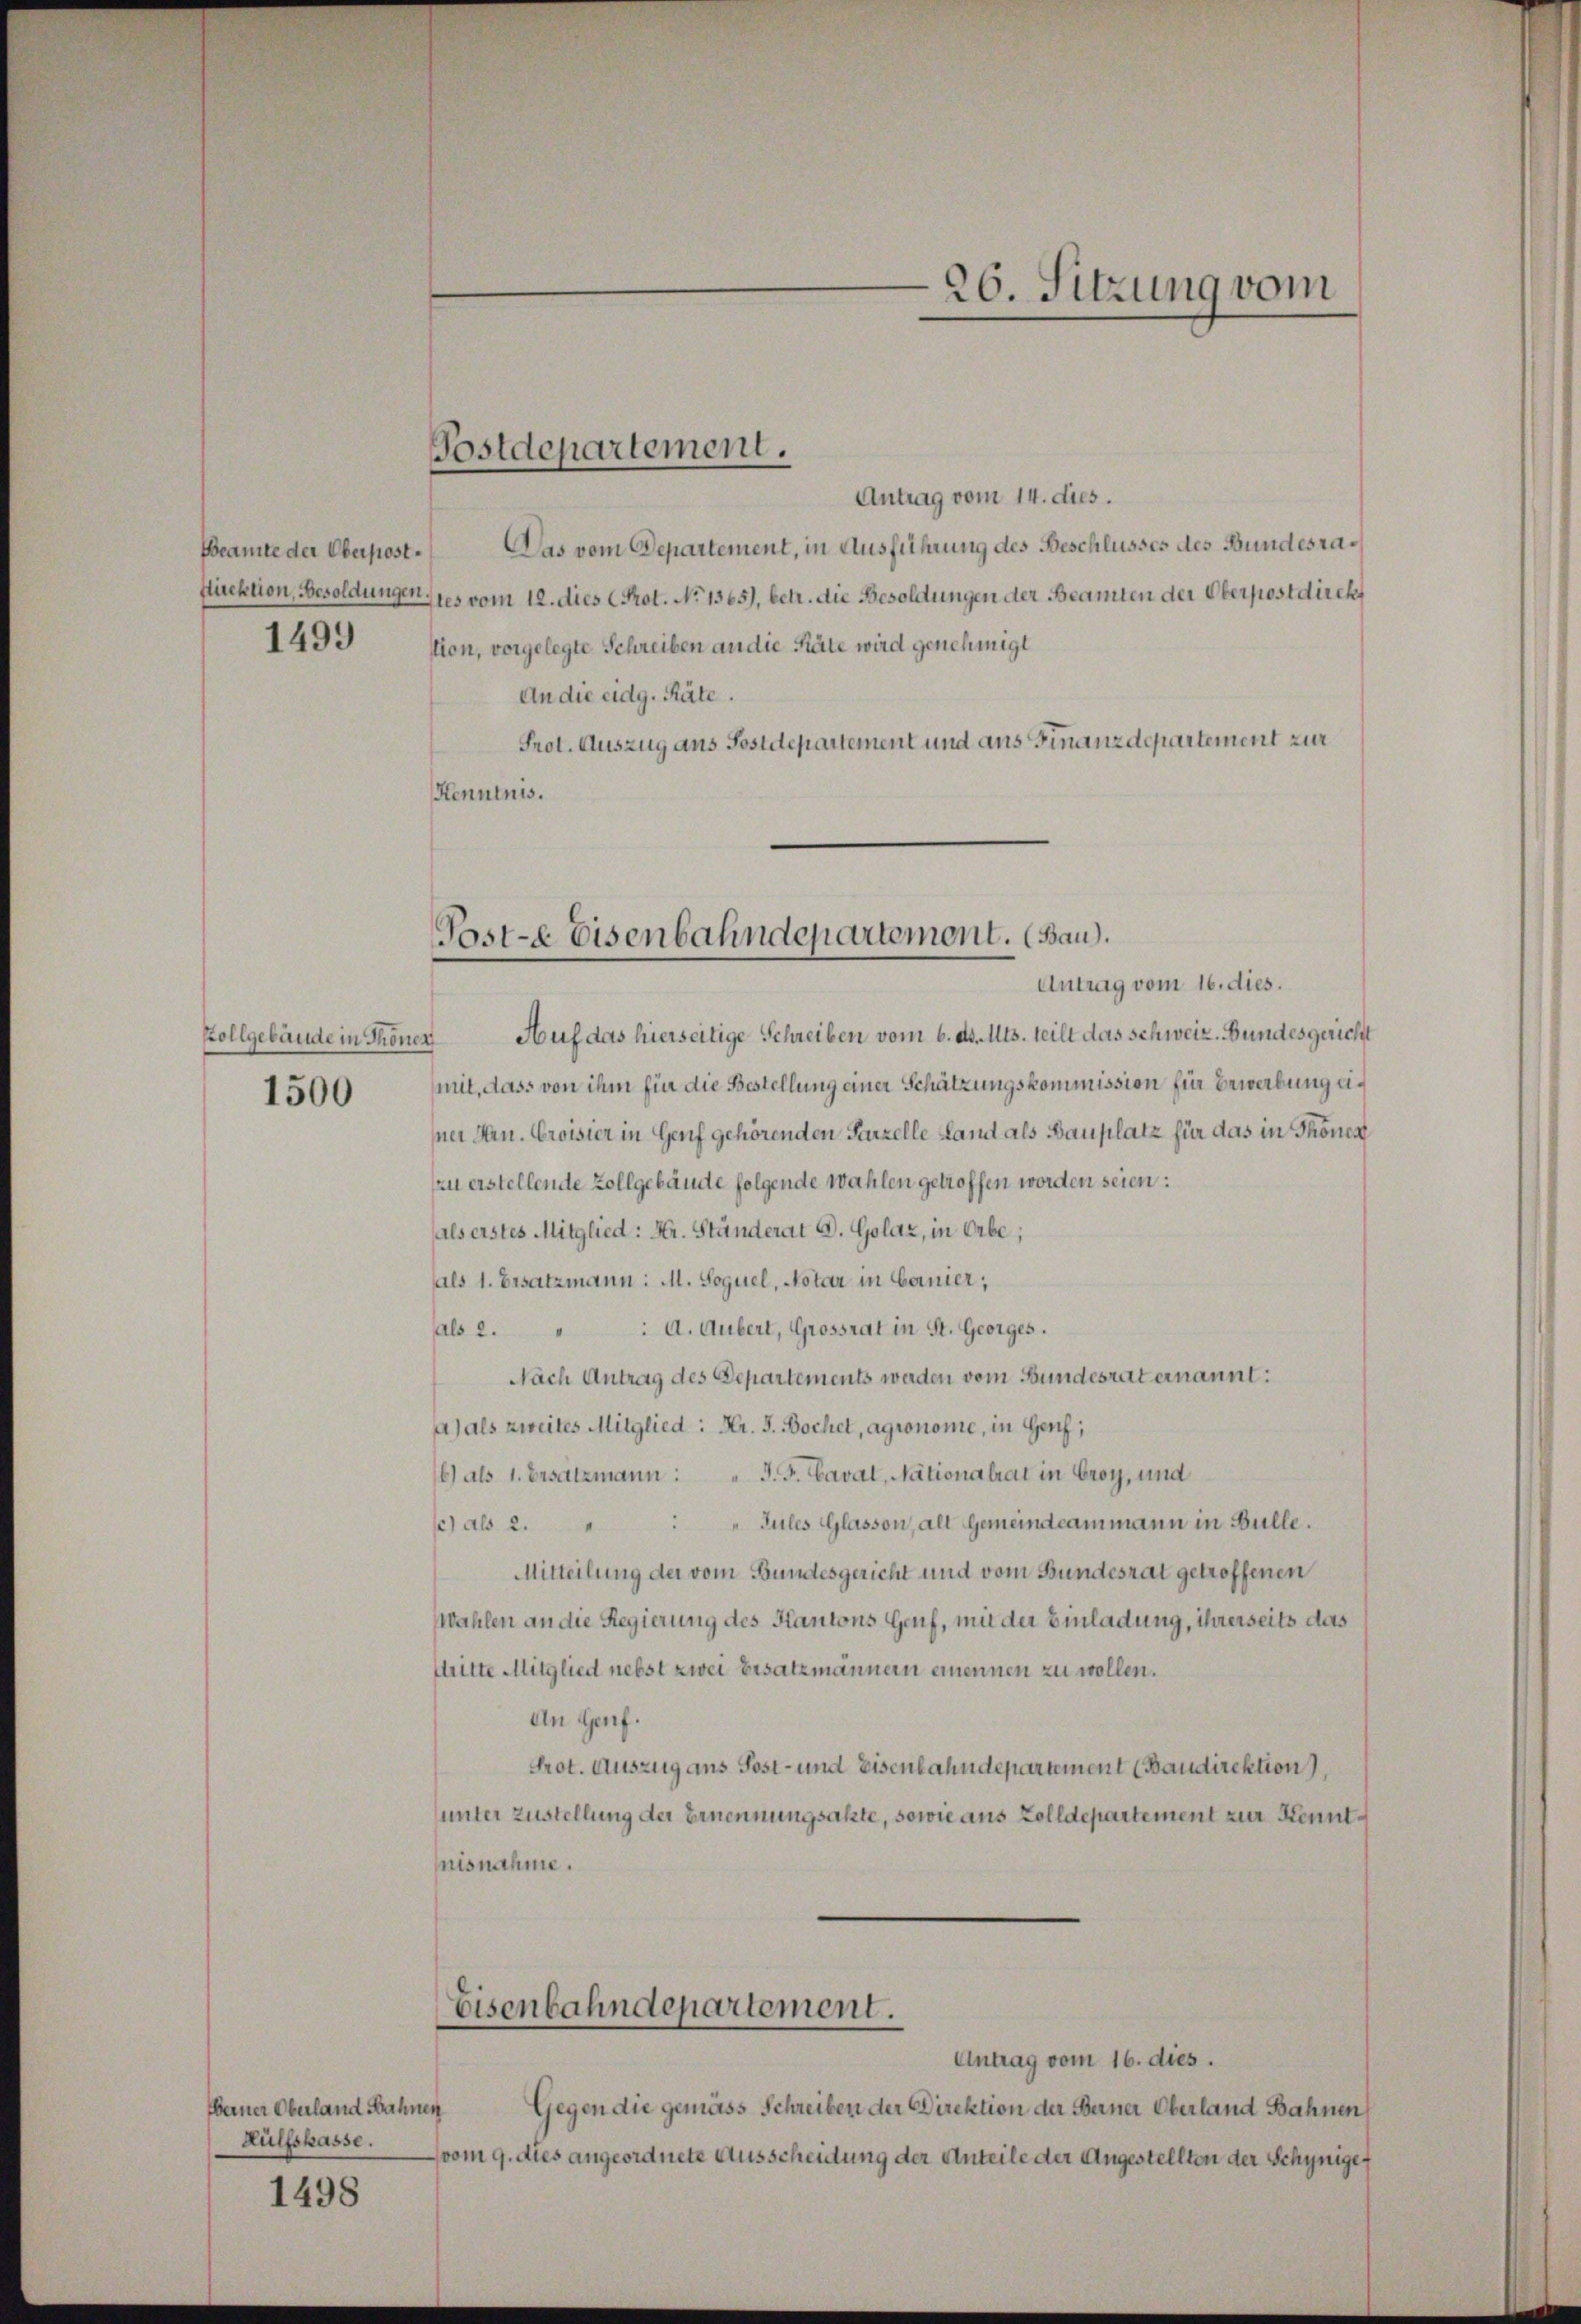
Beamte der Oberpost¬
1499

Vollgebäude in Thonen
1500

Ferner Oberland Bahnen
Hülfskasse.
1498

Postdepartement.

Antrag vom 14. dies.
Das vom Departement, in Ausführung des Beschlusses des Bundesradirektion, Besoldungen es vom 12. dies (Pot. No 1365), betr. die Besoldungen der Beamten der Oberpostdirekt
stion, vorgelegte Schreiben an die Räte wird genehmigt
An die eidg. Räte.
Prot. Auszug aus Postdepartement und aus Finanzdepartement zur
Kenntnis.

Post-e Eisenbahndepartemont. (Bau).
Antrag vom 16. dies.

Eisenbahndepartement.

Auf das hierseitige Schreiben vom 6. d. Mts. teilt das Schweiz. Bundesgericht
mit, dass von ihm für die Bestellung einer Schätzungskommission für Erwerbung eisei Hrn. Croisier in Genf gehörenden Parzelle Land als Bauplatz für das in Thonen
zzu erstellende Zollgebäude folgende Wahlen getroffen worden seien:
als erstes Mitglied: Hr. Ständerat D. Golaz, in Erbe,
als 1. Ersatzmann: M. Soguel, Notar in Garnier,
als 2. " " A. Aubert, Grossrat in St. Georges.
Nach Antrag des Departements werden vom Bundesrat ernannt:
a) als zweites Mitglied: Hr. J. Bochet, agronome, in Genf;
6) als 1. Ersatzmann: " J. F. Caval, Nationalrat in Groy, und
se) als 2. " " " Sules Glasson, alt Gemeindeammann in Bulle.
Mitteilung der vom Bundesgericht und vom Bundesrat getroffenen
Wahlen an die Regierung des Kantons Genf, mit der Einladung, ihrerseits das
Stritte Mitglied nebst zwei Ersatzmännern einennen zu wollen.
An Genf.
Prot. Auszug aus Post- und Eisenbahndepartement (Baudirektion,
unter Zustellung der Ernennungsakte, sowie aus Zolldepartement zur Kenntnisnahme.
—

26. Sitzung vom

Antrag vom 16. dies.
Gegen die gemäss Schreiben der Direktion der Berner Oberland Bahnen
vom 9. dies angeordnete Ausscheidung der Anteile der Angestellten der Schynige